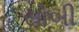
સોબી